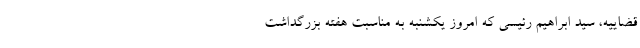
قضاییه، سید ابراهیم رئیسی که امروز یکشنبه به مناسبت هفته بزرگداشت